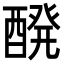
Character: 醗